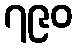
၇၉၀